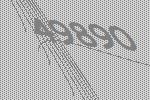
49890